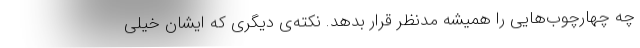
چه چهارچوب‌هایی را همیشه مدنظر قرار بدهد. نکته‌ی دیگری که ایشان خیلی